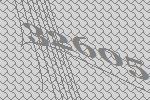
32605